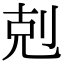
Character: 剋